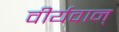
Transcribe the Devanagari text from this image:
वीर्यवान्‌